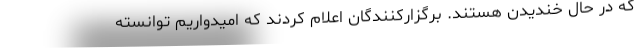
که در حال خندیدن هستند. برگزارکنندگان اعلام کردند که امیدواریم توانسته